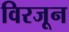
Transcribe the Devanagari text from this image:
विरजून